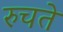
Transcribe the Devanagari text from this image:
रुचते